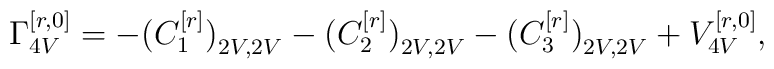
\Gamma_{4V}^{[r,0]}=-\big(C_1^{[r]}\big)_{2V,2V}-      \big(C_2^{[r]}\big)_{2V,2V}-\big(C_3^{[r]}\big)_{2V,2V}+V_{4V}^{[r,0]},